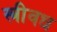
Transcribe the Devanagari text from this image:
स्त्रीवध